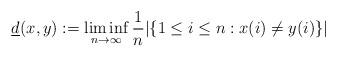
LaTeX: \begin{align*}\underline{d}(x,y):=\liminf_{n\to\infty}\frac{1}{n}|\{1\leq i\leq n : x( i ) \neq y( i ) \}|\end{align*}